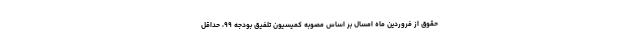
حقوق از فروردین ماه امسال بر اساس مصوبه کمیسیون تلفیق بودجه ۹۹، حداقل